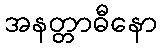
အနတ္တာဓီနော